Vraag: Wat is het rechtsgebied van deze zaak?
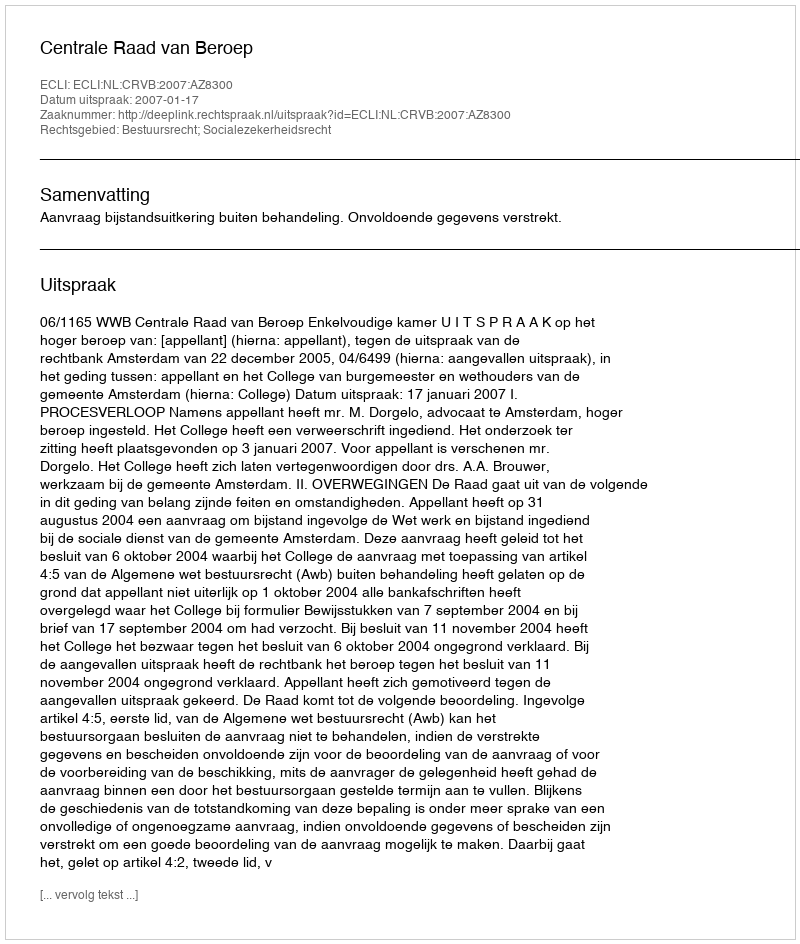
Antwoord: Bestuursrecht; Socialezekerheidsrecht